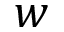
w